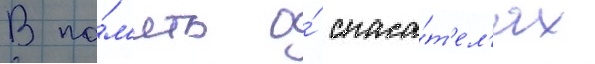
В па́м'ять о́ спаса́т'ел'ях